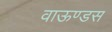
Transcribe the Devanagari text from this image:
वाऊण्डस